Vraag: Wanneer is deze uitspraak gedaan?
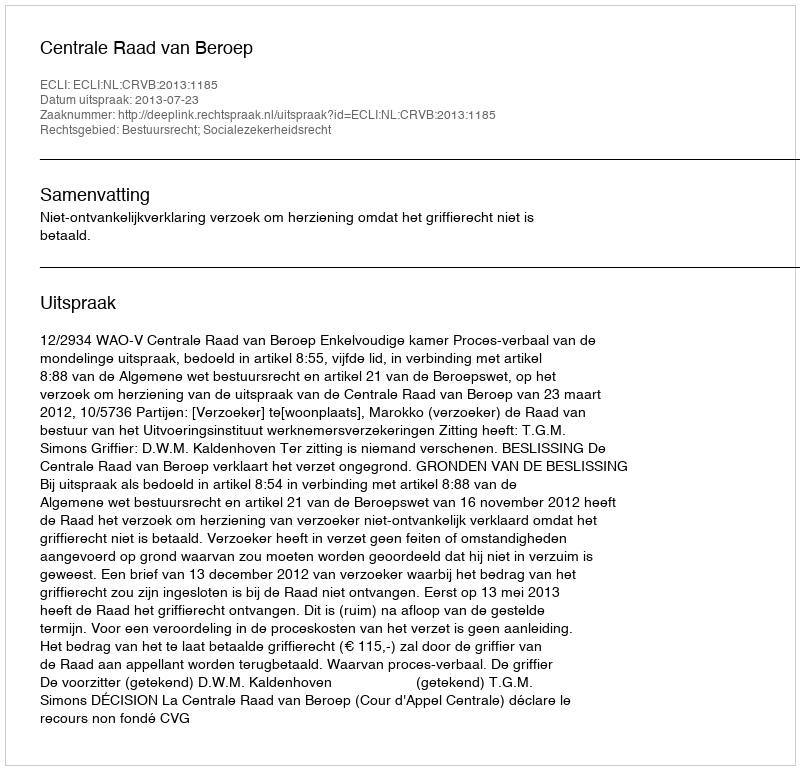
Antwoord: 2013-07-23